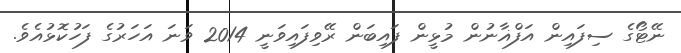
ނޭޓޯގެ ސިފައިން އަފްޣާނުން މުޅީން ފައިބަން ރޭވިފައިވަނީ 2014 ވަނަ އަހަރުގެ ފަހުކޮޅުއެވެ.